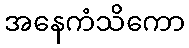
အနေကံသိကော